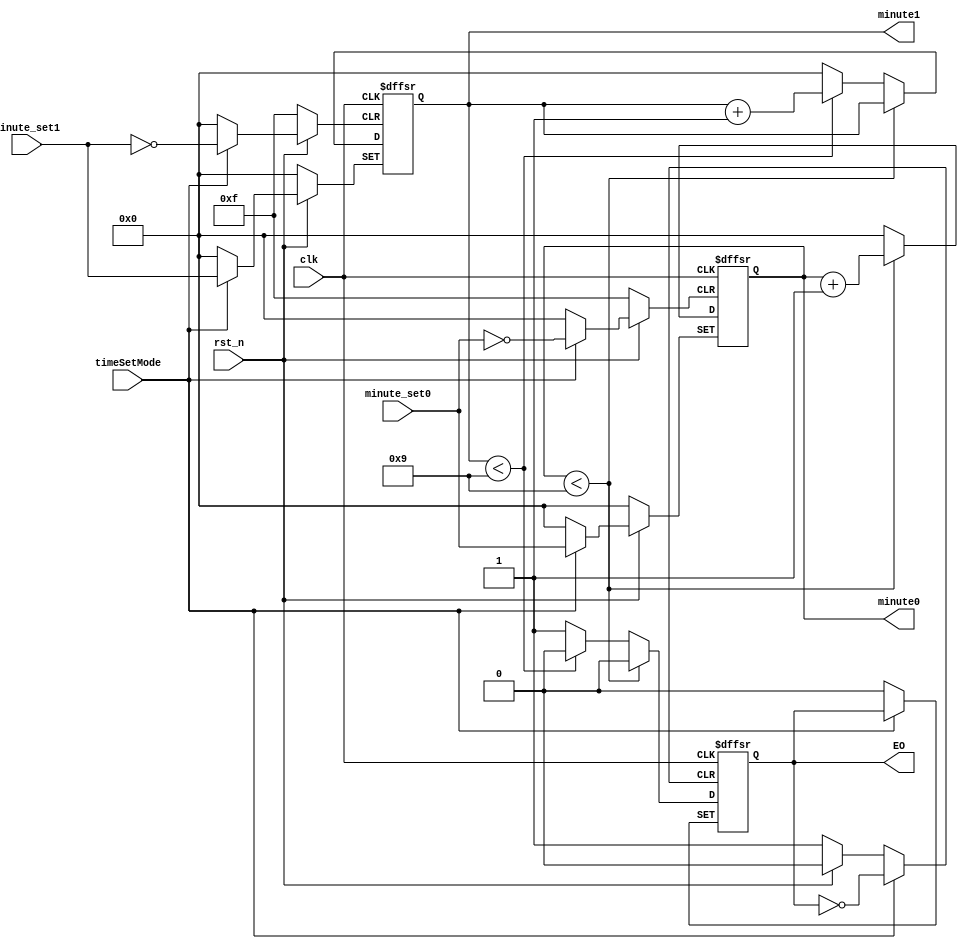
//100
//10ms
module microSecCounter(
	rst_n,
	clk,
	timeSetMode,
	minute_set1,
	minute_set0,
	minute1,
	minute0,
	EO);
	input  clk,rst_n;
	input timeSetMode;
	input [3:0] minute_set1, minute_set0;
	output [3:0] minute1,minute0;
	output EO;    
	reg [3:0] minute1,minute0;
	reg EO;
	
	always @(posedge clk or negedge rst_n or posedge timeSetMode)   
	begin   
		if (!rst_n)
		begin
			minute1 <= 4'd0;
			minute0 <= 4'd0;
			EO      <= 1'd0;
		end
		else
		 begin
			if (timeSetMode)
			begin 
				minute1 <= minute_set1;
				minute0 <= minute_set0;
			end
			else
			begin 
			if(minute0 < 4'b1001)
			begin 
				minute0 <= minute0 + 4'b1;
				EO <= 1'b0;
			end
			else
			begin
				EO <= 1'b0;
				minute0 <= 4'b0;
				if(minute1 < 4'b1001)
					minute1 <= minute1 + 4'b1;
				else
				begin
					minute1 <= 4'b0;
					EO <= 1'b1;
				 end
			end
			end
		end
	end

endmodule